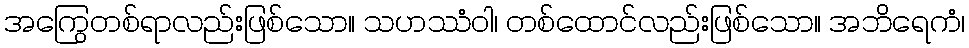
အကြွေတစ်ရာလည်းဖြစ်သော။ သဟဿံဝါ၊ တစ်ထောင်လည်းဖြစ်သော။ အဘိရေကံ၊